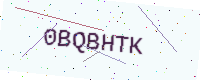
Text: 0BQBHTK